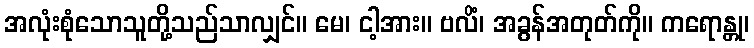
အလုံးစုံသောသူတို့သည်သာလျှင်။ မေ၊ ငါ့အား။ ဗလိံ၊ အခွန်အတုတ်ကို။ ကရောန္တု၊